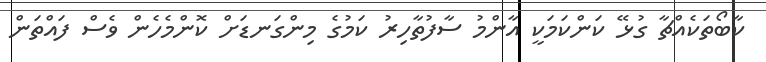
ކާބޯތަކެއްޗާ ގުޅޭ ކަންކަމަކީ އާންމު ސާފުތާހިރު ކަމުގެ މިންގަނޑަށް ކޮންމެހެން ވެސް ފައްތަން